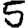
Digit: 5